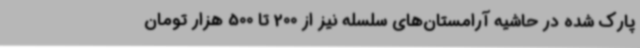
پارک شده در حاشیه آرامستان‌های سلسله نیز از 200 تا 500 هزار تومان